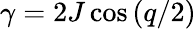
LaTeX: \gamma=2J\cos\left(q/2\right)